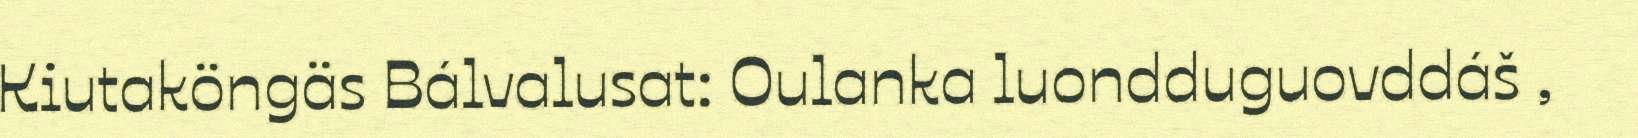
Kiutaköngäs Bálvalusat: Oulanka luondduguovddáš ,